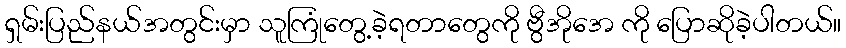
ရှမ်းပြည်နယ်အတွင်းမှာ သူကြုံတွေ့ခဲ့ရတာတွေကို ဗွီအိုအေ ကို ပြောဆိုခဲ့ပါတယ်။